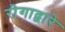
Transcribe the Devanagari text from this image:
रोगाद्वारे